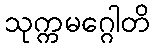
သုက္ကမဂ္ဂေါတိ